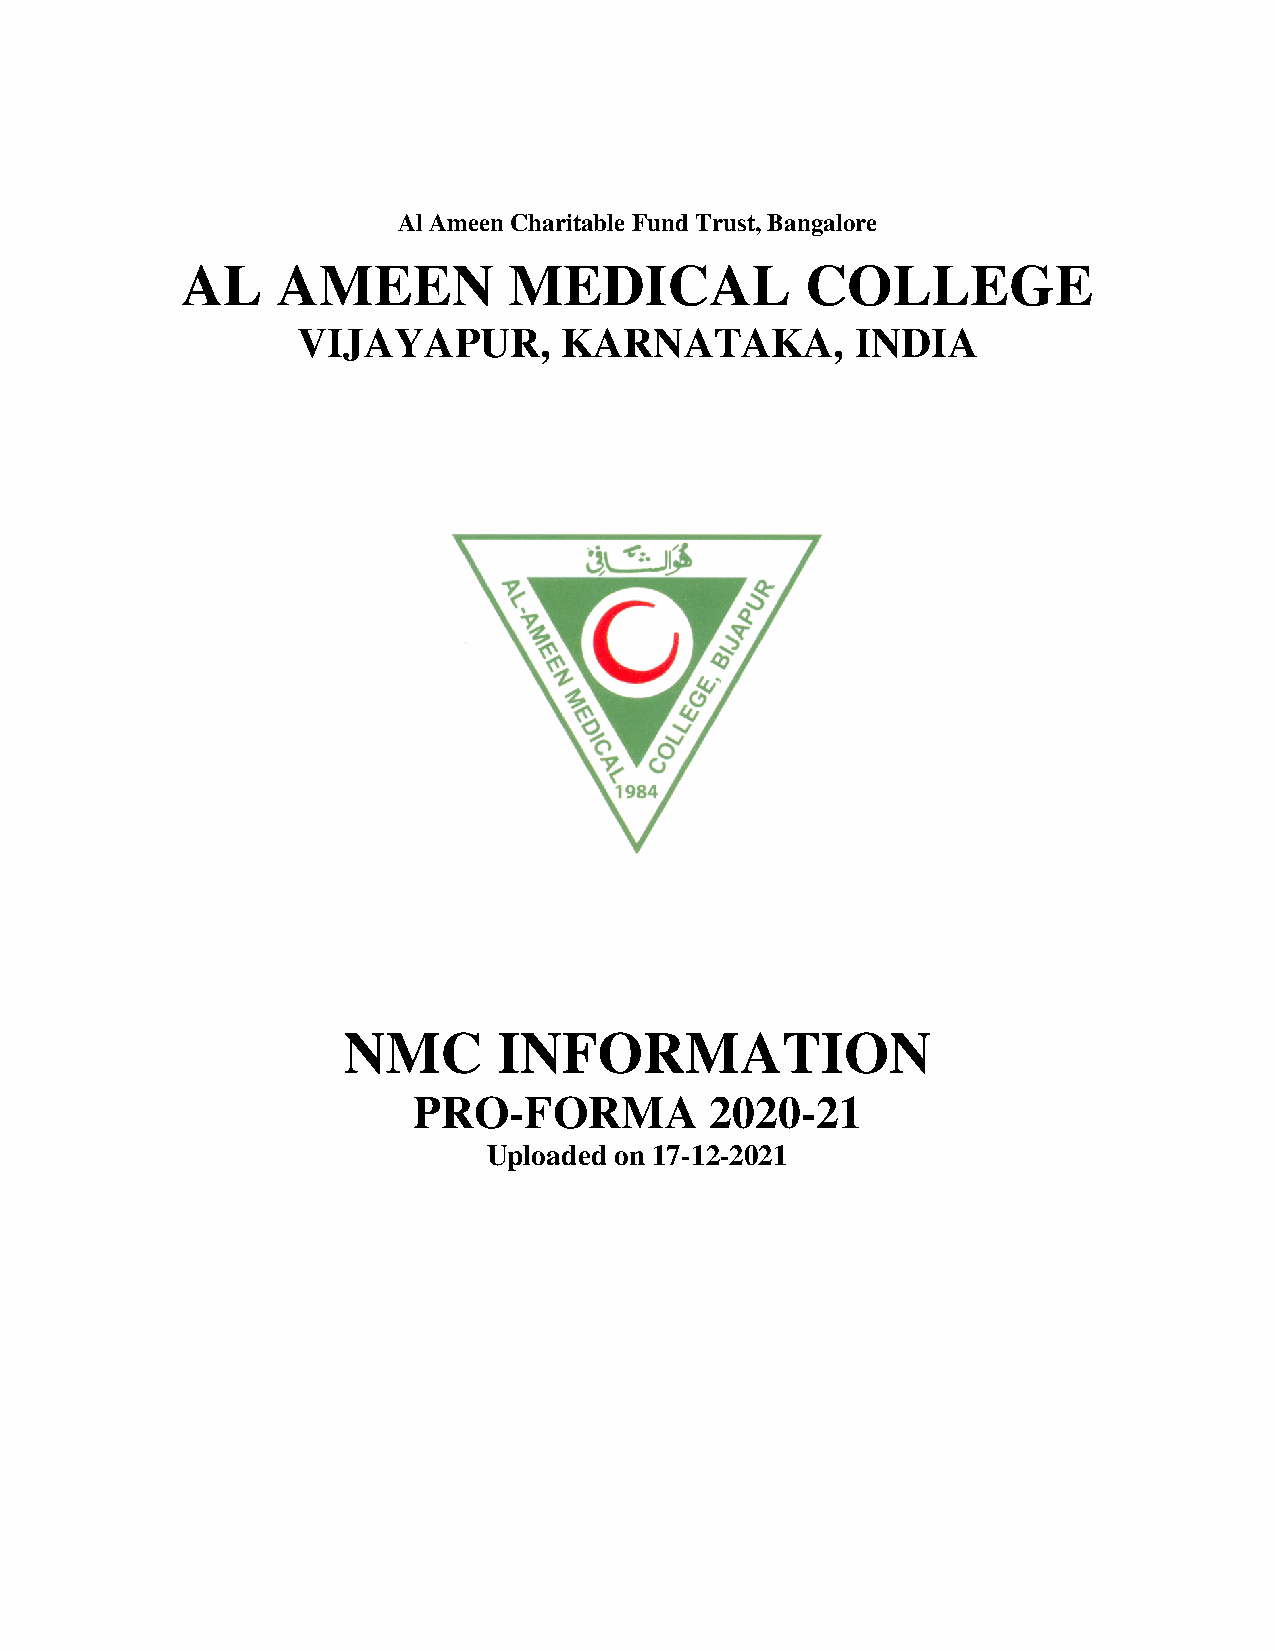
Al Ameen Charitable Fund Trust, Bangalore
 AL    AMEEN           MEDICAL            COLLEGE
 VIJAYAPUR,       KARNATAKA,          INDIA
 NMC       INFORMATION
 PRO-FORMA           2020-21
 Uploaded on 17-12-2021